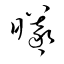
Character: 曦